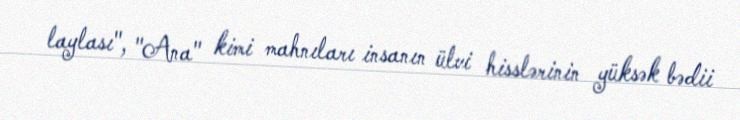
laylası", "Ana" kimi mahnıları insanın ülvi hisslərinin yüksək bədii